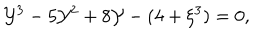
{ { \cal { Y } } } ^ { 3 } - 5 { { \cal { Y } } } ^ { 2 } + 8 { \cal { Y } } - ( 4 + \xi ^ { 3 } ) = 0 ,